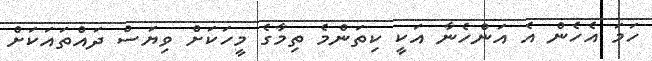
ހަމަ އެހެން އެ އަންހެނާ އަކީ ކިތަންމެ ތިމާގެ މީހަކަށް ވިޔަސް ދައްތައަކަށް